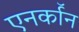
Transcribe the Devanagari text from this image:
एनर्कॉन